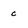
Character: c